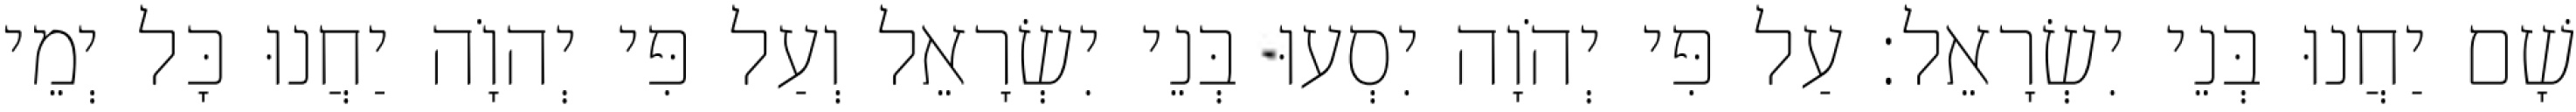
שָׁם יַחֲנוּ בְּנֵי יִשְׂרָאֵל׃ עַל פִּי יְהֹוָה יִסְעוּ בְּנֵי יִשְׂרָאֵל וְעַל פִּי יְהוָֹה יַחֲנוּ כָּל יְמֵי